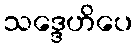
သဒ္ဒေဟိပေ